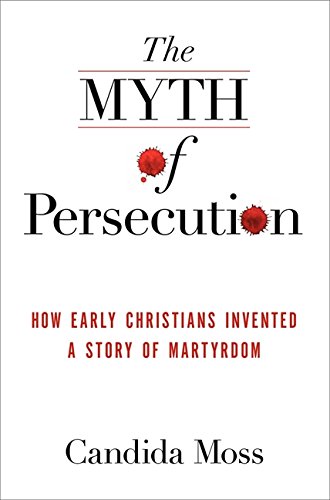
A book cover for The Myth of Persecution: How Early Christians Invented a Story of Martyrdom; Candida Moss; Health, Fitness & Dieting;